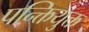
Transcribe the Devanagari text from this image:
पन्क्तियुक्त